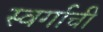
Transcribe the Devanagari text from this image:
स्वर्गाची